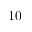
1 0